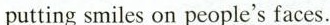
putting smiles on people's faces